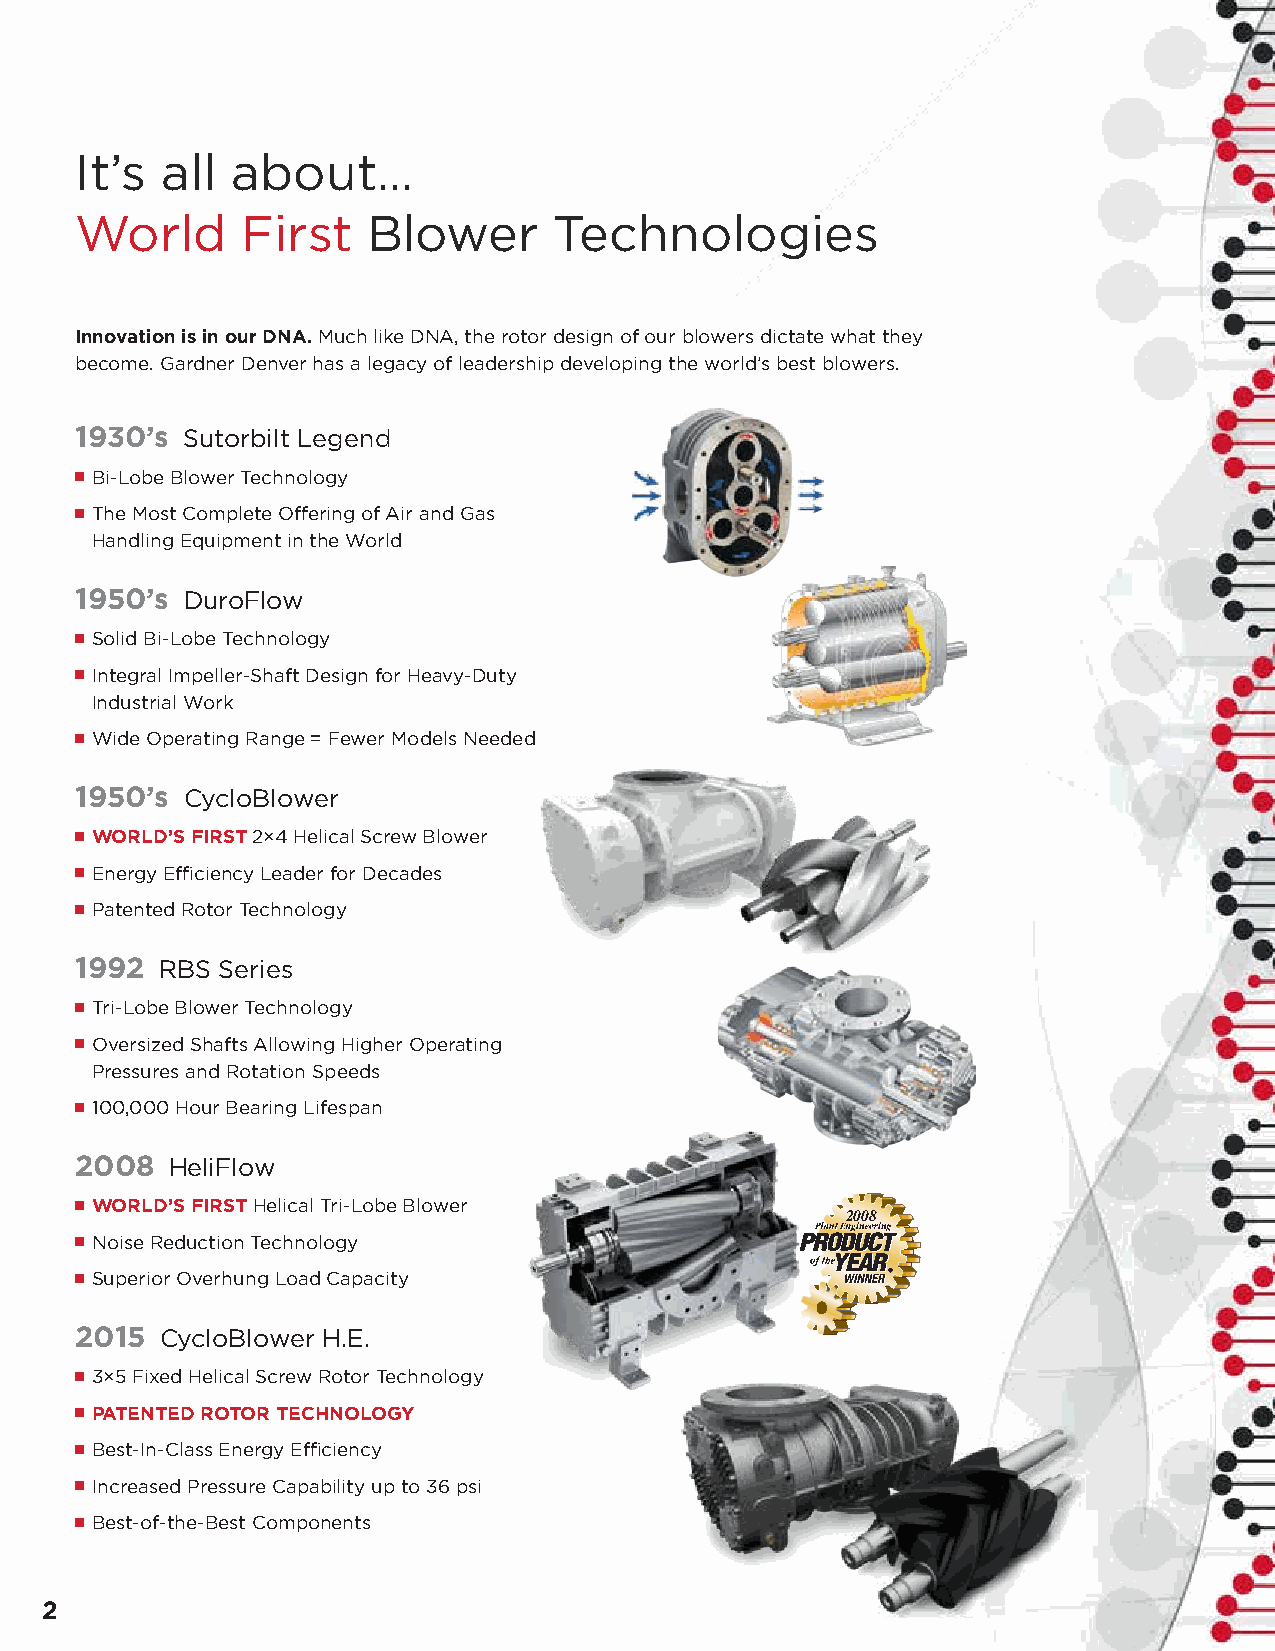
It’s  all about…
 World      First   Blower       Technologies
 Innovation is in our DNA. Much like DNA, the rotor design of our blowers dictate what they
 become. Gardner Denver has a legacy of leadership developing the world’s best blowers.
 1930’s Sutorbilt Legend
 ■ Bi-Lobe Blower Technology
 ■ The Most Complete Offering of Air and Gas
 Handling Equipment in the World
 1950’s DuroFlow
 ■ Solid Bi-Lobe Technology
 ■ Integral Impeller-Shaft Design for Heavy-Duty
 Industrial Work
 ■ Wide Operating Range = Fewer Models Needed
 1950’s CycloBlower
 ■ WORLD’S FIRST 2×4 Helical Screw Blower
 ■ Energy Efficiency Leader for Decades
 ■ Patented Rotor Technology
 1992  RBS Series
 ■ Tri-Lobe Blower Technology
 ■ Oversized Shafts Allowing Higher Operating
 Pressures and Rotation Speeds
 ■ 100,000 Hour Bearing Lifespan
 2008  HeliFlow
 ■ WORLD’S FIRST Helical Tri-Lobe Blower
 2008
 ■ Noise Reduction Technology
 ■ Superior Overhung Load Capacity
 2015  CycloBlower H.E.
 ■ 3×5 Fixed Helical Screw Rotor Technology
 ■ PATENTED ROTOR TECHNOLOGY
 ■ Best-In-Class Energy Efficiency
 ■ Increased Pressure Capability up to 36 psi
 ■ Best-of-the-Best Components
 2